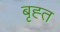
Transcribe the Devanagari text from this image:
बृह्त